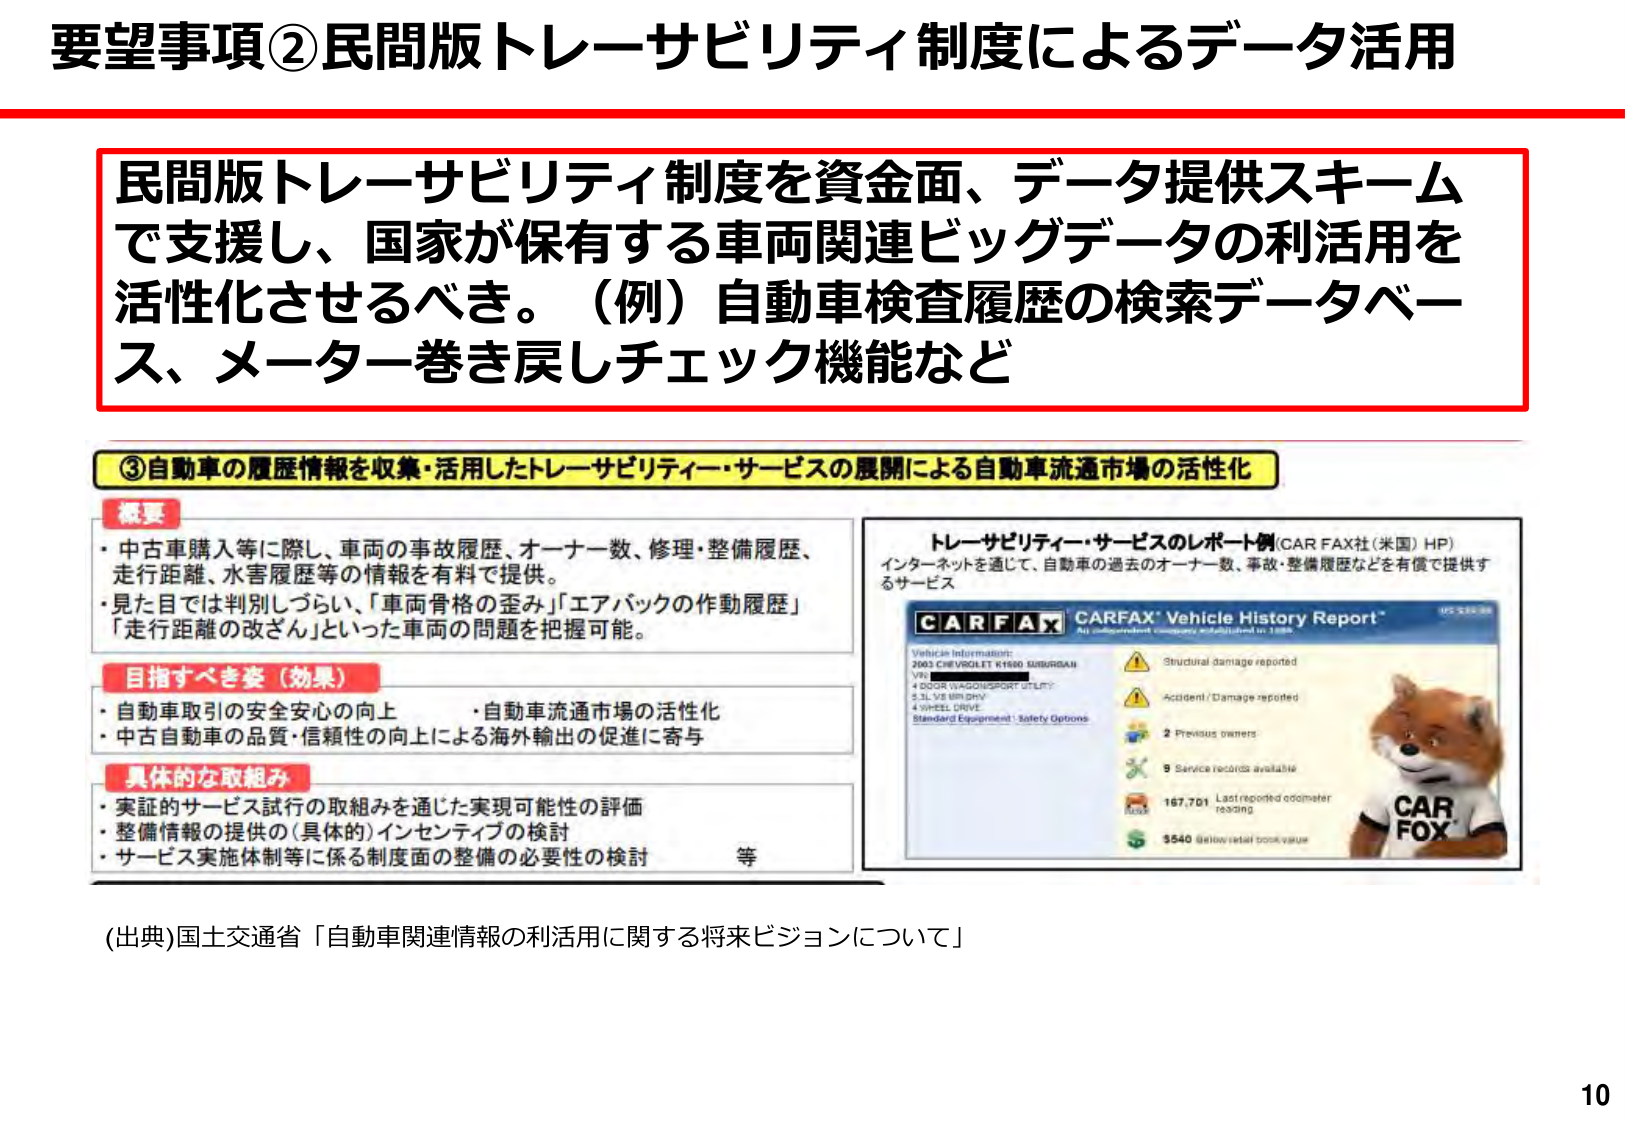
要望事項②民間版トレーサビリティ制度によるデータ活用

民間版トレーサビリティ制度を資金面、データ提供スキームで支援し、国家が保有する車両関連ビッグデータの利活用を活性化させるべき。（例）自動車検査履歴の検索データベース、メーター巻き戻しチェック機能など

③自動車の履歴情報を収集・活用したトレーサビリティ・サービスの展開による自動車流通市場の活性化

概要
・中古車購入等に際し、車両の事故履歴、オーナー数、修理・整備履歴、走行距離、水害履歴等の情報を有料で提供。
・見た目では判別しづらい、「車両骨格の歪み」「エアバックの作動履歴」「走行距離の改ざん」といった車両の問題を把握可能。

目指すべき姿（効果）
・自動車取引の安全安心の向上
・自動車流通市場の活性化
・中古自動車の品質・信頼性の向上による海外輸出の促進に寄与

具体的な取組み
・実証のサービス試行の取組みを通じた実現可能性の評価
・整備情報の提供の（具体的）インセンティブの検討
・サービス実施体制等に係る制度面の整備の必要性の検討　等

トレーサビリティ・サービスのレポート例（CAR FAX社（米国）HP）
インターネットを通じて、自動車の過去のオーナー数、事故・整備履歴などを有償で提供するサービス

CARFAX CARFAX® Vehicle History Report®
An independent company established in 1989.

Vehicle Information:
2003 CHEVROLET K1500 SUBURBAN
V8
4 DOOR WAGGON/SPORT UTILITY
5.3L V8 180 HP
4 WHEEL DRIVE
Standard Equipment : Safety Options

Structural damage reported
Accident / Damage reported
2 Previous owners
9 Service records available
167,701 Last reported odometer reading
$540 Estimated retail book value

CAR FOX

(出典)国土交通省「自動車関連情報の利活用に関する将来ビジョンについて」

10